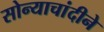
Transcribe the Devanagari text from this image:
सोन्याचांदीने